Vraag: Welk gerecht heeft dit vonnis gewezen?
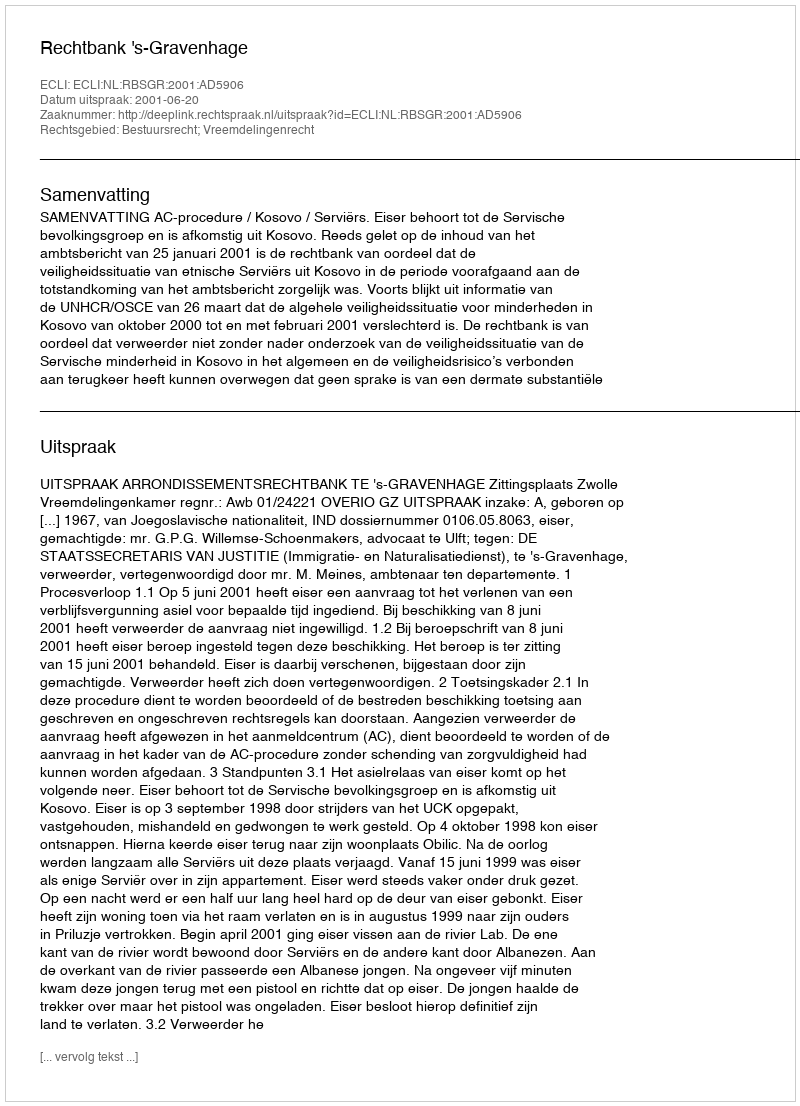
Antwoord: Rechtbank 's-Gravenhage